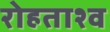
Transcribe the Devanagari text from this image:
रोहताश्व